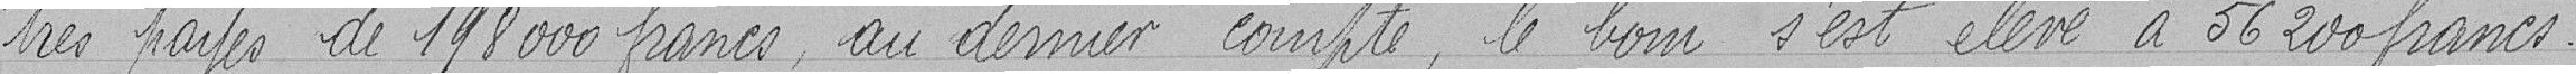
très payés de 198 000 francs au dernier compte, le boni s'est élevé à 36 200 francs.